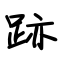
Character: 迹